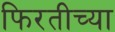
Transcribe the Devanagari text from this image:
फिरतीच्या